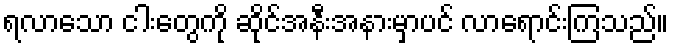
ရလာသော ငါးတွေကို ဆိုင်အနီးအနားမှာပင် လာရောင်းကြသည်။